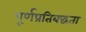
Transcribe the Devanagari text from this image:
पूर्णप्रतिबद्धता